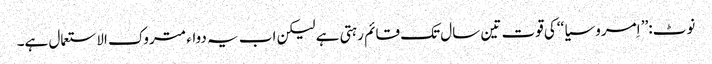
نوٹ:’’ اِمروسیا ‘‘کی قوت تین سال تک قائم رہتی ہے لیکن اب یہ دواء متروک الاستعمال ہے۔